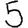
Digit: 5